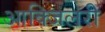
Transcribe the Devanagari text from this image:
आक्जिलरी